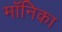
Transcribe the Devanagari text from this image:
माॅनिका